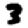
Digit: 3